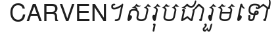
CARVEN។សរុបជារួមទៅ